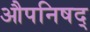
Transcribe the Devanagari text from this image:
औपनिषद्